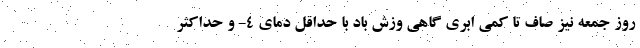
روز جمعه نیز صاف تا کمی ابری گاهی وزش باد با حداقل دمای ۴- و حداکثر